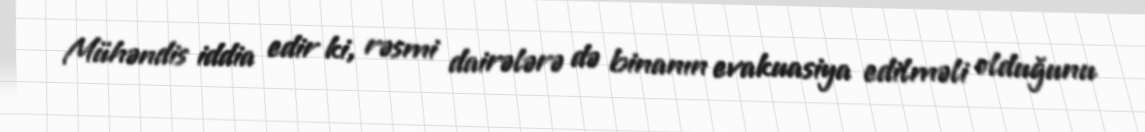
Mühəndis iddia edir ki, rəsmi dairələrə də binanın evakuasiya edilməli olduğunu